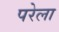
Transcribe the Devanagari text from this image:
परेला